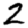
Digit: 2